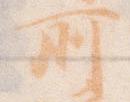
所